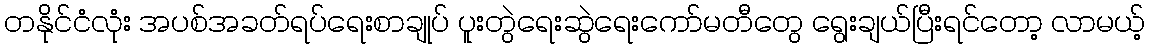
တနိုင်ငံလုံး အပစ်အခတ်ရပ်ရေးစာချုပ် ပူးတွဲရေးဆွဲရေးကော်မတီတွေ ရွေးချယ်ပြီးရင်တော့ လာမယ့်